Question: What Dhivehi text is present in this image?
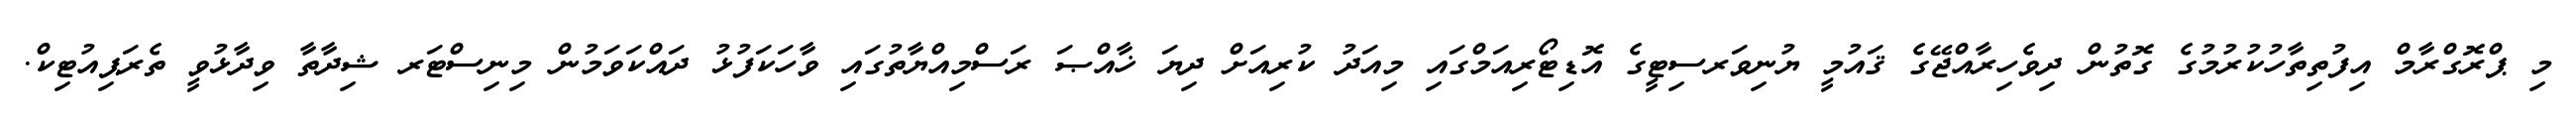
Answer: މި ޕްރޮގްރާމް އިފުތިތާހުކުރުމުގެ ގޮތުން ދިވެހިރާއްޖޭގެ ޤައުމީ ޔުނިވަރސިޓީގެ އޮޑިޓޯރިއަމްގައި މިއަދު ކުރިއަށް ދިޔަ ޚާއްޞަ ރަސްމިއްޔާތުގައި ވާހަކަފުޅު ދައްކަވަމުން މިނިސްޓަރ ޝިދާތާ ވިދާޅުވީ ތެރަޕިއުޓިކް.